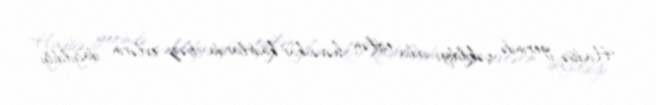
Hadisə yerində çəkildiyi iddia edilən həvəskar kadrlarda bəzi evlərin dağıldığı